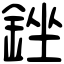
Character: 銼